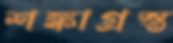
শঙ্কাগ্রস্ত